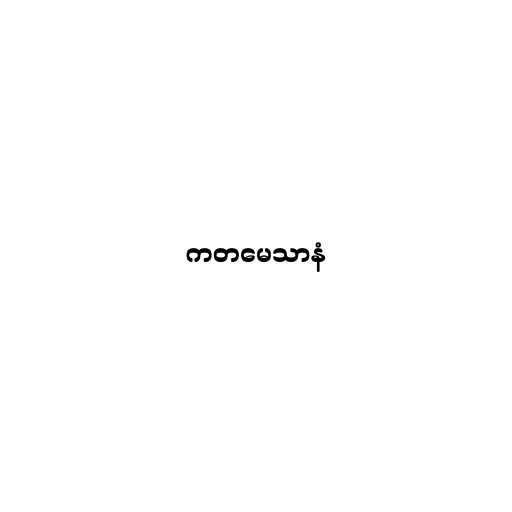
ကတမေသာနံ